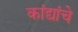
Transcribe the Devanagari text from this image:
कांद्यांचे